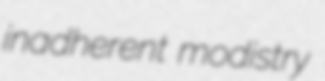
inadherent modistry